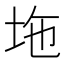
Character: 𡊇